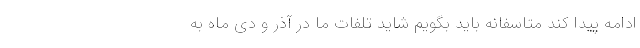
ادامه پیدا کند متاسفانه باید بگویم شاید تلفات ما در آذر و دی ماه به